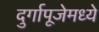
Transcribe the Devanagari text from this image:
दुर्गापूजेमध्ये